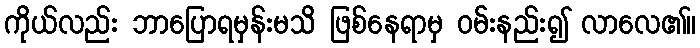
ကိုယ်လည်း ဘာပြောရမှန်းမသိ ဖြစ်နေရာမှ ဝမ်းနည်း၍ လာလေ၏။